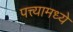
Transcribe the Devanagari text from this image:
पत्त्यामध्ये